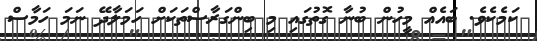
ކަމެކެވެ. ބައެއް މީހުން ބުނާ ގޮތުގައި މި ބިންގަރާސްތަކަށް ހަމަލާދޭ ނަމަ ހަމާސް